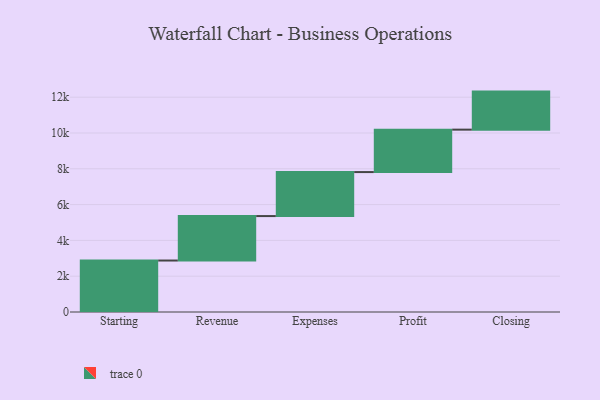
{"axis": {"x": "Step", "y": "Value"}, "legend": [""], "data": [{"x": "Starting", "y": 2875.0, "type": ""}, {"x": "Revenue", "y": 2484.0, "type": ""}, {"x": "Expenses", "y": 2458.0, "type": ""}, {"x": "Profit", "y": 2370.0, "type": ""}, {"x": "Closing", "y": 2125.0, "type": ""}]}